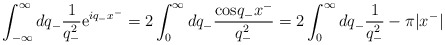
\begin{align*}\int_{-\infty}^{\infty}dq_-\frac{1}{q_-^2}{\rm e}^{iq_-x^-}=2\int_0^{\infty}dq_-\frac{{\rm cos}q_-x^-}{q_-^2}=2\int_0^{\infty}dq_-\frac{1}{q_-^2}-{\pi}|x^-|\end{align*}